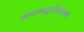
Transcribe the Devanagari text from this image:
आरामखुर्चीसारखा